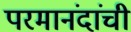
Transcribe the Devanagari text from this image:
परमानंदांची